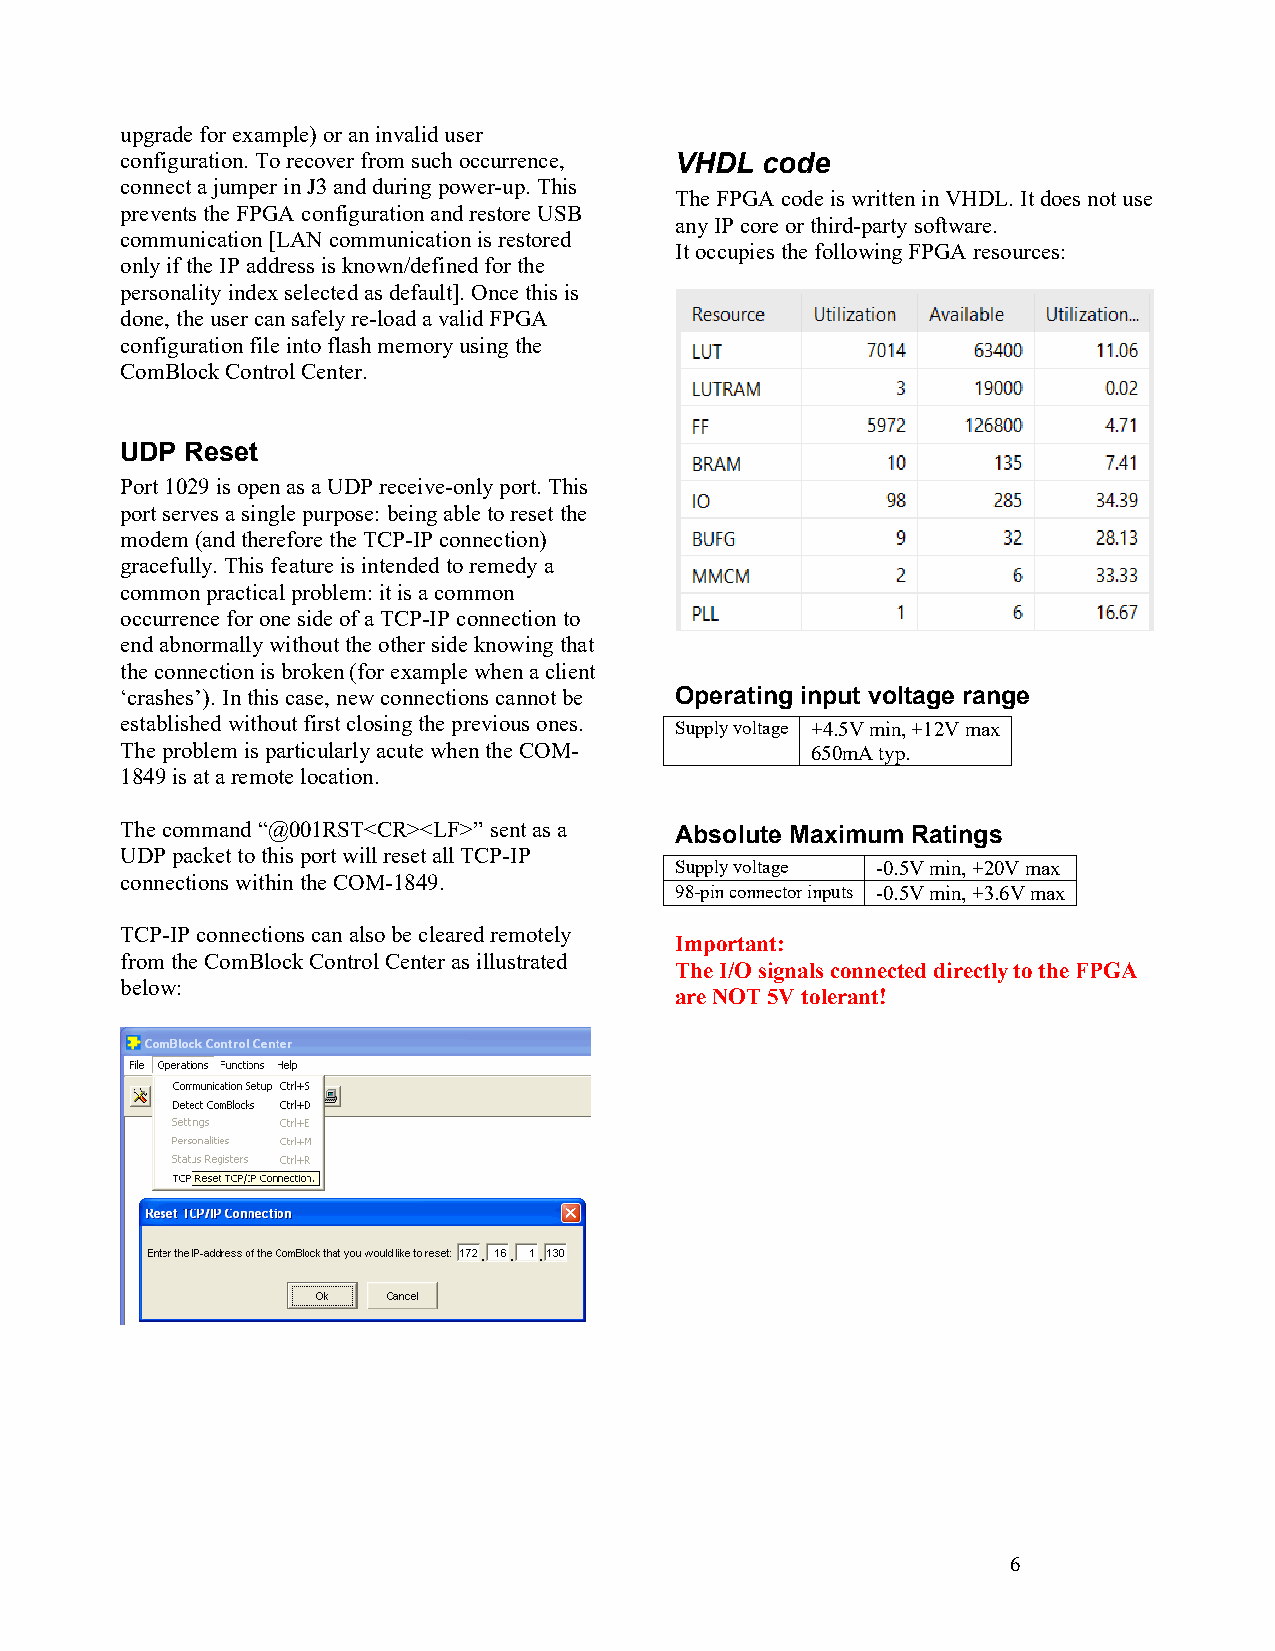
upgrade for example) or an invalid user
 configuration. To recover from such occurrence, VHDL code
 connect a jumper in J3 and during power-up. This
 The FPGA code is written in VHDL. It does not use
 prevents the FPGA configuration and restore USB
 any IP core or third-party software.
 communication [LAN communication is restored
 It occupies the following FPGA resources:
 only if the IP address is known/defined for the
 personality index selected as default]. Once this is
 done, the user can safely re-load a valid FPGA
 configuration file into flash memory using the
 ComBlock Control Center.
 UDP Reset
 Port 1029 is open as a UDP receive-only port. This
 port serves a single purpose: being able to reset the
 modem (and therefore the TCP-IP connection)
 gracefully. This feature is intended to remedy a
 common practical problem: it is a common
 occurrence for one side of a TCP-IP connection to
 end abnormally without the other side knowing that
 the connection is broken (for example when a client
 ‘crashes’). In this case, new connections cannot be Operating input voltage range
 established without first closing the previous ones. Supply voltage +4.5V min, +12V max
 The problem is particularly acute when the COM- 650mA typ.
 1849 is at a remote location.
 The command “@001RST<CR><LF>” sent as a Absolute Maximum Ratings
 UDP packet to this port will reset all TCP-IP
 Supply voltage -0.5V min, +20V max
 connections within the COM-1849.
 98-pin connector inputs -0.5V min, +3.6V max
 TCP-IP connections can also be cleared remotely
 Important:
 from the ComBlock Control Center as illustrated
 The I/O signals connected directly to the FPGA
 below:
 are NOT 5V tolerant!
 6